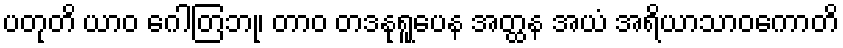
ပတုတိ ယာဝ ဂေါတြဘု၊ တာဝ တဒနုရူပေန အတ္ထန အယံ အရိယာသာဝကောတိ